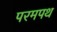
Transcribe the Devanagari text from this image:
परमपथ